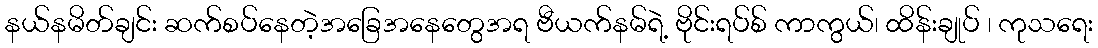
နယ်နမိတ်ချင်း ဆက်စပ်နေတဲ့အခြေအနေတွေအရ ဗီယက်နမ်ရဲ့ ဗိုင်းရပ်စ် ကာကွယ်၊ ထိန်းချုပ် ၊ ကုသရေး